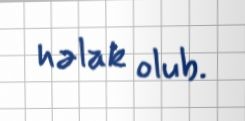
həlak olub.